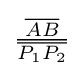
{\tfrac {\overline {AB}}{\overline {P_{1}P_{2}}}}